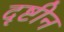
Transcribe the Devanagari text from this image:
दृष्टीन